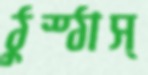
ঠুস্‌ঠাস্‌